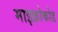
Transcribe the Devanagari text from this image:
माइक्रोकोड